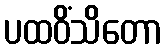
ပထဝိံသိတော